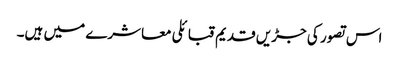
اس تصور کی جڑیں قدیم قبائلی معاشرے میں ہیں۔